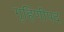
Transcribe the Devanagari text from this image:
गृहिणीपद